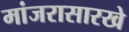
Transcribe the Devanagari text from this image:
मांजरासारखे